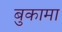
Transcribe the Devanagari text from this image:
बुकामा